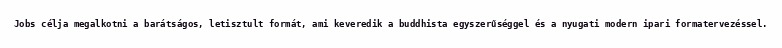
Jobs célja megalkotni a barátságos, letisztult formát, ami keveredik a buddhista egyszerűséggel és a nyugati modern ipari formatervezéssel.